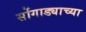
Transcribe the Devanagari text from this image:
सोंगाड्याच्या